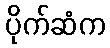
ပိုက်ဆံက